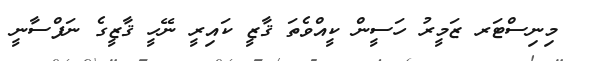
މިނިސްޓަރ ޒަމީރު ހަސީން ކީއްވެތަ ޤާޒީ ކައިރީ ނޭހީ ޤާޒީގެ ނަފްސާނީ